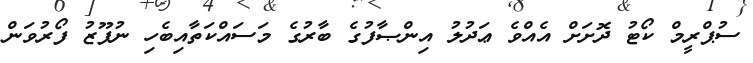
ސުޕްރީމް ކޯޓު ދޮށަށް އެއްވެ ޢަދުލު އިންޞާފުގެ ބާރުގެ މަސައްކަތާއިބެހި ނުފޫޒު ފޯރުވަން